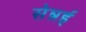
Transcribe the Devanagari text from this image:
सेन्नई